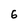
Character: 6